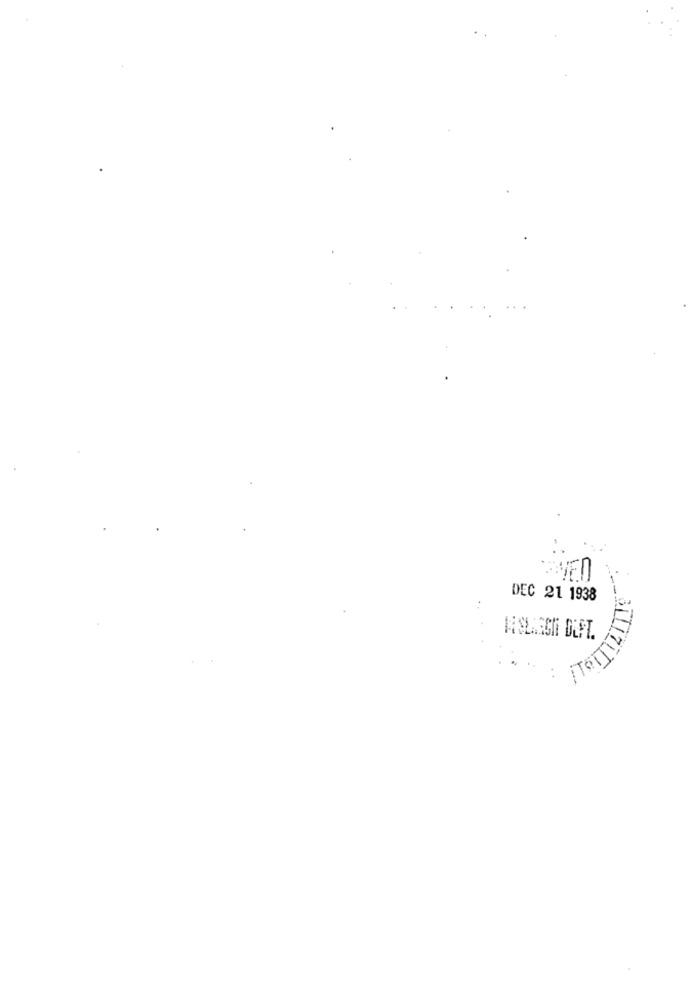
VED
DEC 21 1938